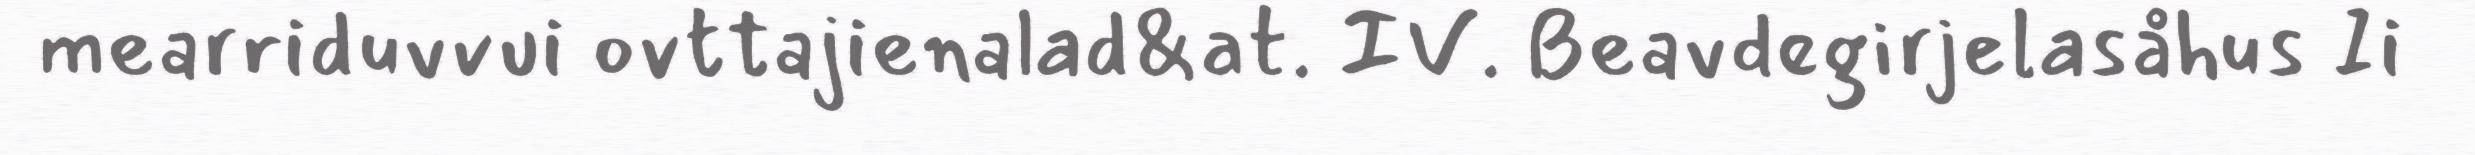
mearriduvvui ovttajienalad&at. IV. Beavdegirjelasåhus Ii